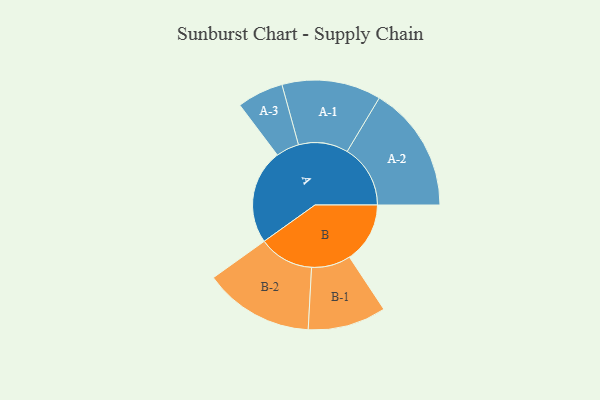
{"axis": {"x": "Segment", "y": "Value"}, "legend": ["", "A", "B"], "data": [{"x": "A", "y": 426, "type": ""}, {"x": "B", "y": 272, "type": ""}, {"x": "A-1", "y": 223, "type": "A"}, {"x": "A-2", "y": 284, "type": "A"}, {"x": "A-3", "y": 104, "type": "A"}, {"x": "B-1", "y": 176, "type": "B"}, {"x": "B-2", "y": 247, "type": "B"}]}